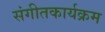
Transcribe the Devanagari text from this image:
संगीतकार्यक्रम